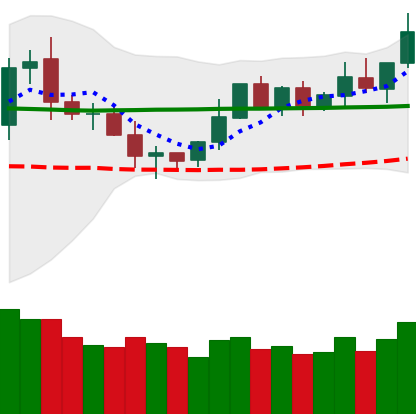
Ticker: DOGE-USD
Chart end date: 2020-02-05
Forward return: 15.647%
Label: up_7plus